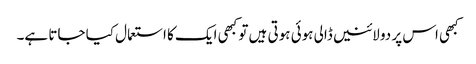
کبھی اس پر دو لائنیں ڈالی ہوئی ہوتی ہیں تو کبھی ایک کا استعمال کیا جاتا ہے۔